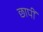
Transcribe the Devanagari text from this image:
छापीं